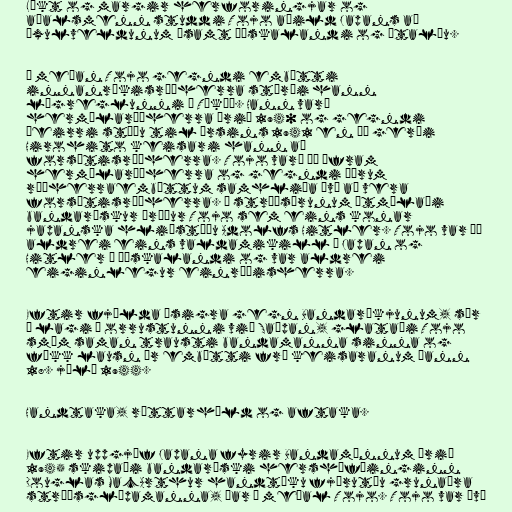
Líkt og margir herforingjar og
aðalsmenn studdi Tojo aðild Japans að
Öxulveldunum ásamt Þýskalandi og Ítalíu.

Á meðan Tojo gegndi embætti
innanríkisráðherra stýrði hann
lögreglunni í Tókýó. Hann varð
hermálaráðherra árið 1940 og gegndi
þeirri stöðu til ársins 1941 en þá gerði
Hirohito keisari hann að
forsætisráðherra. Tojo varð þó áfram
hermálaráðherra og gegndi öðrum
ráðherraembættum samhliða því að vera
forsætisráðherra. Á stríðsárunum útmálaði
bandarískur áróður Tojo sem eins konar
japanska hliðstæðu Adolfs Hitler. Tojo var þó
aldrei eins valdamikill í Japan og
Hitler í Þýskalandi og var aldrei
eiginlegur einræðisherra.

Eftir fjölda ósigra gegn Bandaríkjunum, sér
í lagi í orrustunni við Saípan, glataði Tojo
smám saman trausti bandamanna sinna og
fékk lausn úr embætti frá keisaranum þann
18. júlí 1944.

Handtaka, réttarhöld og aftaka.

Eftir uppgjöf Japana fyrir Bandamönnum árið
1945 skipaði bandaríski hershöfðinginn
Douglas MacArthur handtöku fjörutíu grunaðra
stríðsglæpamanna, þar á meðal Tojo. Tojo var því